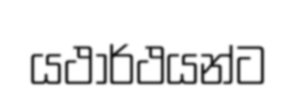
යථාර්ථයන්ට